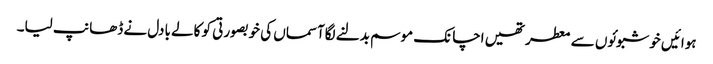
ہوائیں خوشبوئوں سے معطر تھیں اچانک موسم بدلنے لگاآسماں کی خوبصورتی کو کالے بادل نے ڈھانپ لیا۔